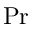
\mathrm { P r }